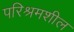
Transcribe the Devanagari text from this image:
परिश्रमशील